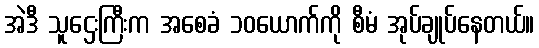
အဲဒီ သူဌေးကြီးက အစေခံ ၁၀ယောက်ကို စီမံ အုပ်ချုပ်နေတယ်။